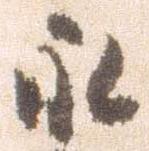
永